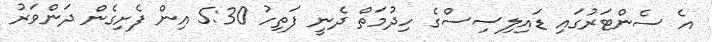
އެ ސެންޓަރުގައި ޑައިލިސިސްގެ ހިދުމަތް ދެނީ ފަތިހު 5:30 އިން ފެށިގެން ދަންވަރު